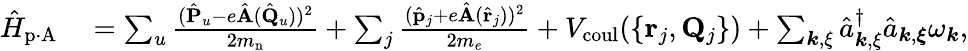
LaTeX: \begin{array}{rl}{\hat{H}_{\mathrm{p\cdot A}}}&{{}=\sum_{u}\frac{(\hat{\mathbf P}_{u}-e\hat{\mathbf A}(\hat{\mathbf Q}_{u}))^{2}}{2m_{\mathrm{n}}}+\sum_{j}\frac{(\hat{\mathbf p}_{j}+e\hat{\mathbf A}(\hat{\mathbf r}_{j}))^{2}}{2m_{e}}+V_{\mathrm{coul}}(\{ {{\mathbf r}_{j},{\mathbf Q}_{j}}\} )+\sum_{{\boldsymbol k},{\mathbf\xi}}\hat{a}_{{\boldsymbol k},{\mathbf\xi}}^{\dagger}\hat{a}_{{\boldsymbol k},{\boldsymbol{\xi}}}\omega_{\boldsymbol k},}\end{array}